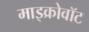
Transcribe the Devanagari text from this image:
माइक्रोवॉट